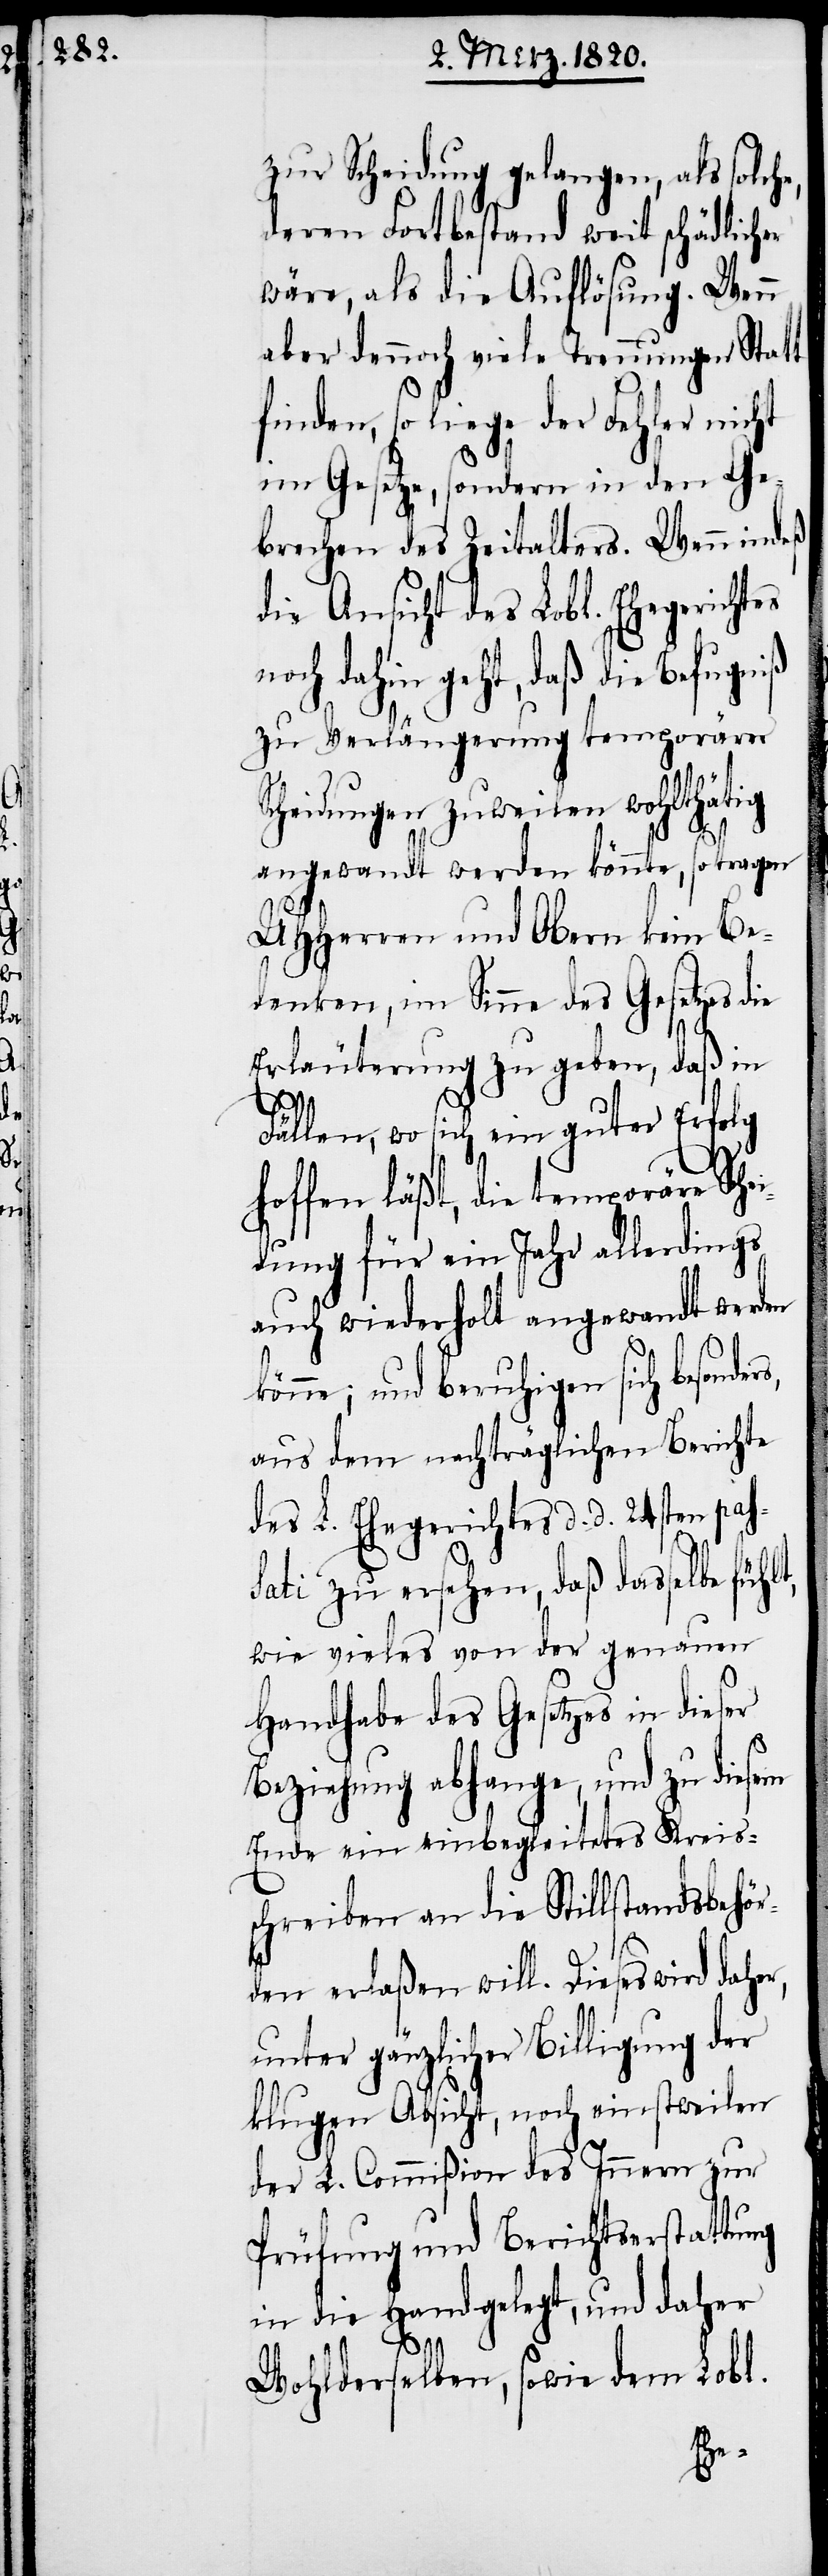
zur Scheidung gelangen, als solche,
deren Fortbestand weit schädlicher
wäre, als die Auflösung. Wenn
aber dennoch viele Trennungen Statt
finden, so liege der Fehler nicht
im Gesetze, sondern in den Ge¬
brechen des Zeitalters. Wenn indeß
die Ansicht des Lobl. Ehegerichtes
noch dahin geht, daß die Befugniß
zu Verlängerung temporärer
Scheidungen zuweilen wohlthätig
angewandt werden könnte, so tragen
UHHerren und Obern kein Be¬
denken, im Sinne des Gesetzes die
Erläuterung zu geben, daß in
ers,
Fällen, wo sich ein guter Erfolg
hoffen läßt, die temporäre Sche¬
idung für ein Jahr allerdings
auch wiederholt angewandt werden
könne; und beruhigen sich besond¬
aus dem nachträglichen Berichte
des L. Ehegerichtes d. d. 24sten pas¬
sati zu ersehen, daß dasselbe
wie vieles von der genauen
Handhabe des Gesetzes in dieser
Beziehung abhange, und zu diesem
Ende ein einbegleitetes Kreis¬
schreiben an die Stillstandsbehör¬
den erlaßen will. Dieses wird daher,
unter gänzlicher Billigung der
klugen Absicht, noch einstweilen
der L. Commißion des Innern zur
Prüfung und Berichtserstattung
in die Hand gelegt, und daher
Wohlderselben, sowie dem Lobl.